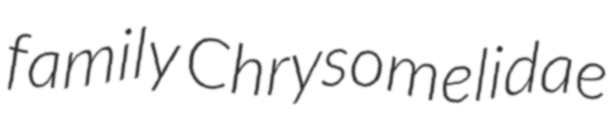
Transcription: family Chrysomelidae